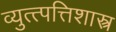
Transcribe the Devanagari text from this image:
व्युत्त्पत्तिशास्त्र